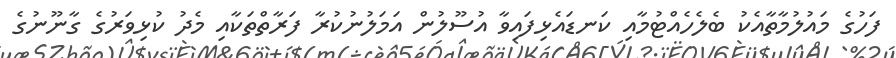
ފަހުގެ މައުލުމާތާއެކު ބެލެހެއްޓުމާއި ކަނޑައެޅިފައިވާ އުސޫލުން އަމަލުނުކުރާ ފަރާތްތަކާއި މެދު ކުޅިވަރުގެ ގާނޫނުގެ